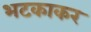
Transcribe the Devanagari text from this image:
भटकाकर